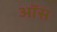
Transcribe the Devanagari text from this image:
ऑस